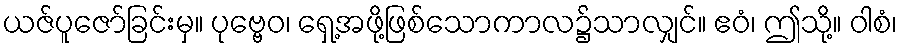
ယဇ်ပူဇော်ခြင်းမှ။ ပုဗ္ဗေဝ၊ ရှေ့အဖို့ဖြစ်သောကာလ၌သာလျှင်။ ဧဝံ၊ ဤသို့။ ဝါစံ၊